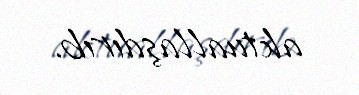
aktuallaşdırıb.